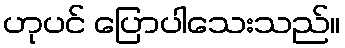
ဟုပင် ပြောပါသေးသည်။